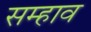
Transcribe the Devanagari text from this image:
सम्हाव